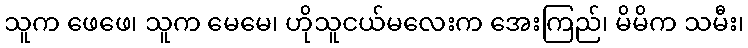
သူက ဖေဖေ၊ သူက မေမေ၊ ဟိုသူငယ်မလေးက အေးကြည်၊ မိမိက သမီး၊